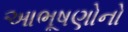
આભૂષણોનો